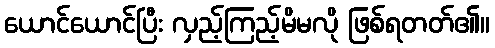
ယောင်ယောင်ပြီး လှည့်ကြည့်မိမလို ဖြစ်ရတတ်၏။